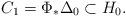
LaTeX: \begin{align*} C_1 = \Phi_* \Delta_0 \subset H_0. \end{align*}